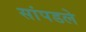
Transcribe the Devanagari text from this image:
सांपडले